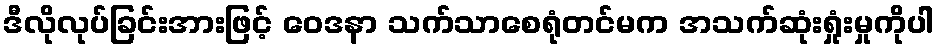
ဒီလိုလုပ်ခြင်းအားဖြင့် ဝေဒနာ သက်သာစေရုံတင်မက အသက်ဆုံးရှုံးမှုကိုပါ